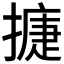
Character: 𢳿